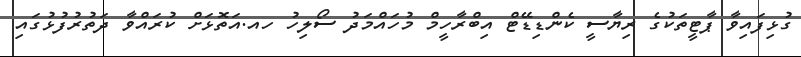
ގުޅިފައިވާ ޕާޓީތަކުގެ ރިޔާސީ ކެންޑިޑޭޓް އިބްރާހީމް މުހައްމަދު ސޯލިހު ހއ.އަތޮޅަށް ކުރައްވާ ދަތުރުފުޅުގައި